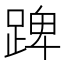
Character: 䠋